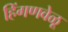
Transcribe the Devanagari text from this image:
हिंगणवेळू